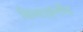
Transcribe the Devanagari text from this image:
किया।इंग्लैंड